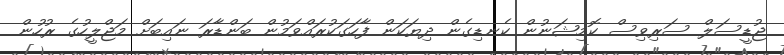
ޖުޑީސަލް ސަރިވިސް ކޮމިޝަނުން ކެނޑިގެން ދިޔަކަން ފާހަގަކުރައްވަމުން ބަންޑާރަ ނައިބަށް މަޖްލީހުގެ ރުހުން